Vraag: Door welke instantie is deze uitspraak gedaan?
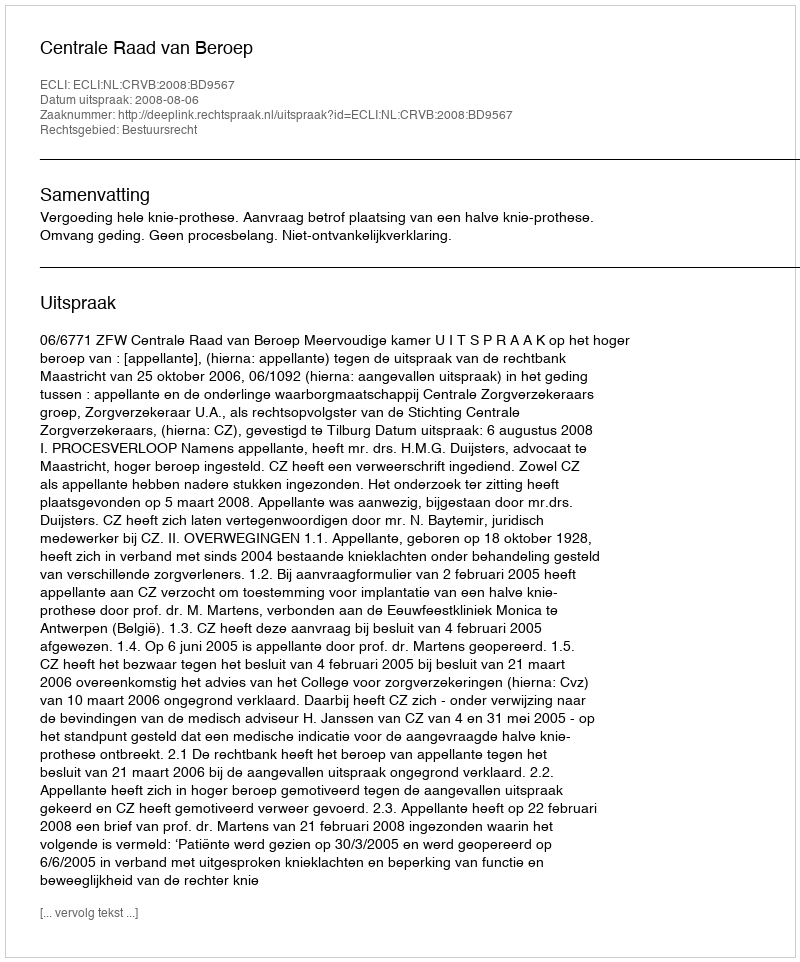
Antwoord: Centrale Raad van Beroep